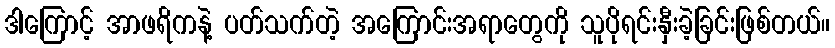
ဒါကြောင့် အာဖရိကနဲ့ ပတ်သက်တဲ့ အကြောင်းအရာတွေကို သူပိုရင်းနှီးခဲ့ခြင်းဖြစ်တယ်။